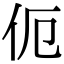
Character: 伌